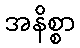
အနိစ္စာ